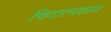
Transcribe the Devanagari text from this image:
चिदात्मकाय